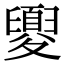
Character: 夓